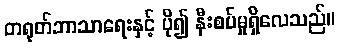
တရုတ်ဘာသာရေးနှင့် ပို၍ နီးစပ်မှုရှိလေသည်။